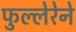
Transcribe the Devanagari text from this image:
फुल्लेरेने